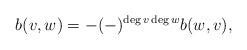
LaTeX: \begin{align*} b(v,w) = -(-)^{\deg v \deg w} b(w,v),\end{align*}